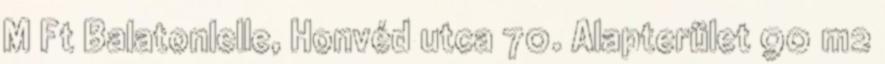
M Ft Balatonlelle, Honvéd utca 70. Alapterület 90 m2